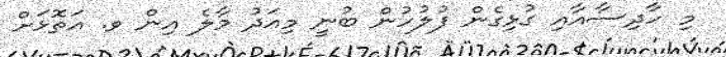
މި ހާދިސާއާއި ގުޅިގެން ފުލުހުން ބުނީ މިއަދު މާލެ އިން ވ. އަތޮޅަށް